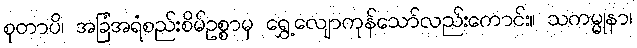
စုတာပိ၊ အခြံအရံစည်းစိမ်ဥစ္စာမှ ရွှေ့လျောကုန်သော်လည်းကောင်း။ သကမ္မုနာ၊